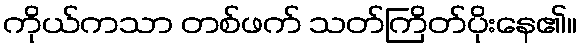
ကိုယ်ကသာ တစ်ဖက် သတ်ကြိတ်ပိုးနေ၏။